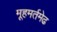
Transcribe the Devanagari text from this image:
मूहमर्तमेढ